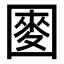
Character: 𫭑